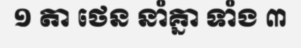
១ តា ថេន នាំគ្នា ទាំង ៣